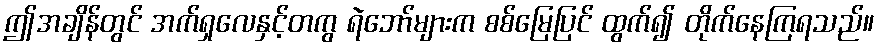
ဤအချိန်တွင် အက်ရှလေနှင့်တကွ ရဲဘော်များက စစ်မြေပြင် ထွက်၍ တိုက်နေကြရသည်။